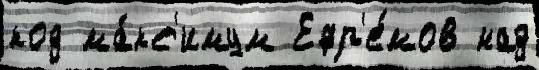
код ма́кс'имум Ефр'е́мов над